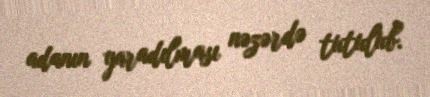
adanın yaradılması nəzərdə tutulub.